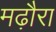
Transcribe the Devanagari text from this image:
मढ़ौरा